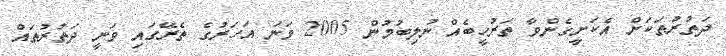
ދަތުރުތަކަށް އެކަށީގެންވާ ތަރުހީބެއް ނުލިބުމުން 2005 ވަނަ އަހަރުގެ ތެރޭގައި ވަނީ ދަތުރުތައް